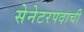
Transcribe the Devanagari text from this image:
सेनेटरपदाची